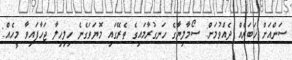
ސަންއަށް ޚަބަރެއް ދެއްވުމަށް: ސޯމާލިޔާގެ ހަނގުރާމައިގެ ތެރޭގައި މޮޔަވަގެނެ ހިލިހިލާ ޖަހާފައިވާ މީހެއް: